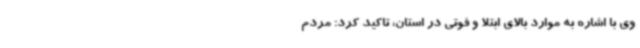
وی با اشاره به موارد بالای ابتلا و فوتی در استان، تاکید کرد: مردم